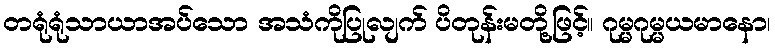
တရုံရုံသာယာအပ်သော အသံကိုပြုလျက် ပိတုန်းမတို့ဖြင့်။ ဂုမ္မဂုမ္မယမာနော၊